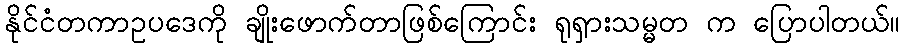
နိုင်ငံတကာဥပဒေကို ချိုးဖောက်တာဖြစ်ကြောင်း ရုရှားသမ္မတ က ပြောပါတယ်။